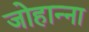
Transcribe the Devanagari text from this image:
जोहान्ना